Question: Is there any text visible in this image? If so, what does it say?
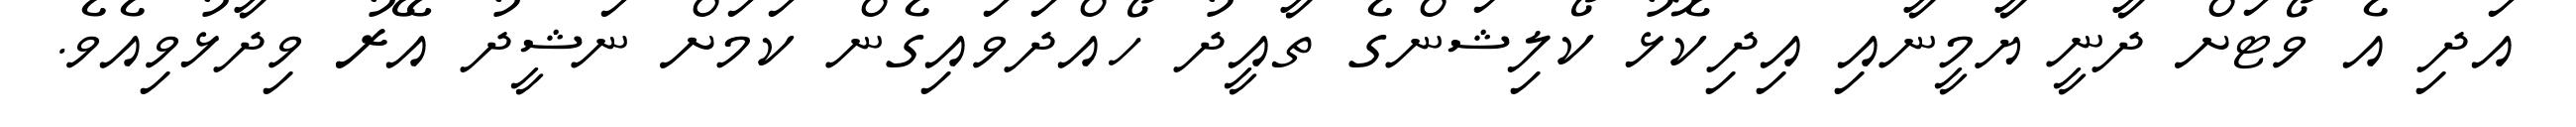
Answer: އަދި އެ ވޯޓަށް ދާނީ ޔާމީނާއި އިދިކޮޅު ކޯލިޝަންގެ ތާއީދު ހޯއްދަވައިގެން ކަމަށް ނަޝީދު އޭރު ވިދާޅުވިއެވެ.